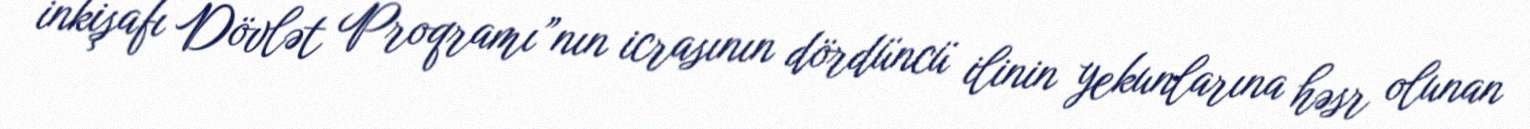
inkişafı Dövlət Proqramı”nın icrasının dördüncü ilinin yekunlarına həsr olunan